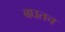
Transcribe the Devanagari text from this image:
बघतच